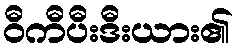
ဝီကီပီးဒီးယား၏